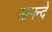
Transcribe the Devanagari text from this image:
सानन्दे